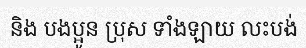
និង បងប្អូន ប្រុស ទាំងឡាយ លះបង់